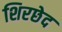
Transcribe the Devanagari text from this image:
शिरछेद